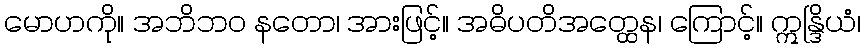
မောဟကို။ အဘိဘဝ နတော၊ အားဖြင့်။ အဓိပတိအတ္ထေန၊ ကြောင့်။ ဣန္ဒြိယံ၊